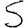
Digit: 5